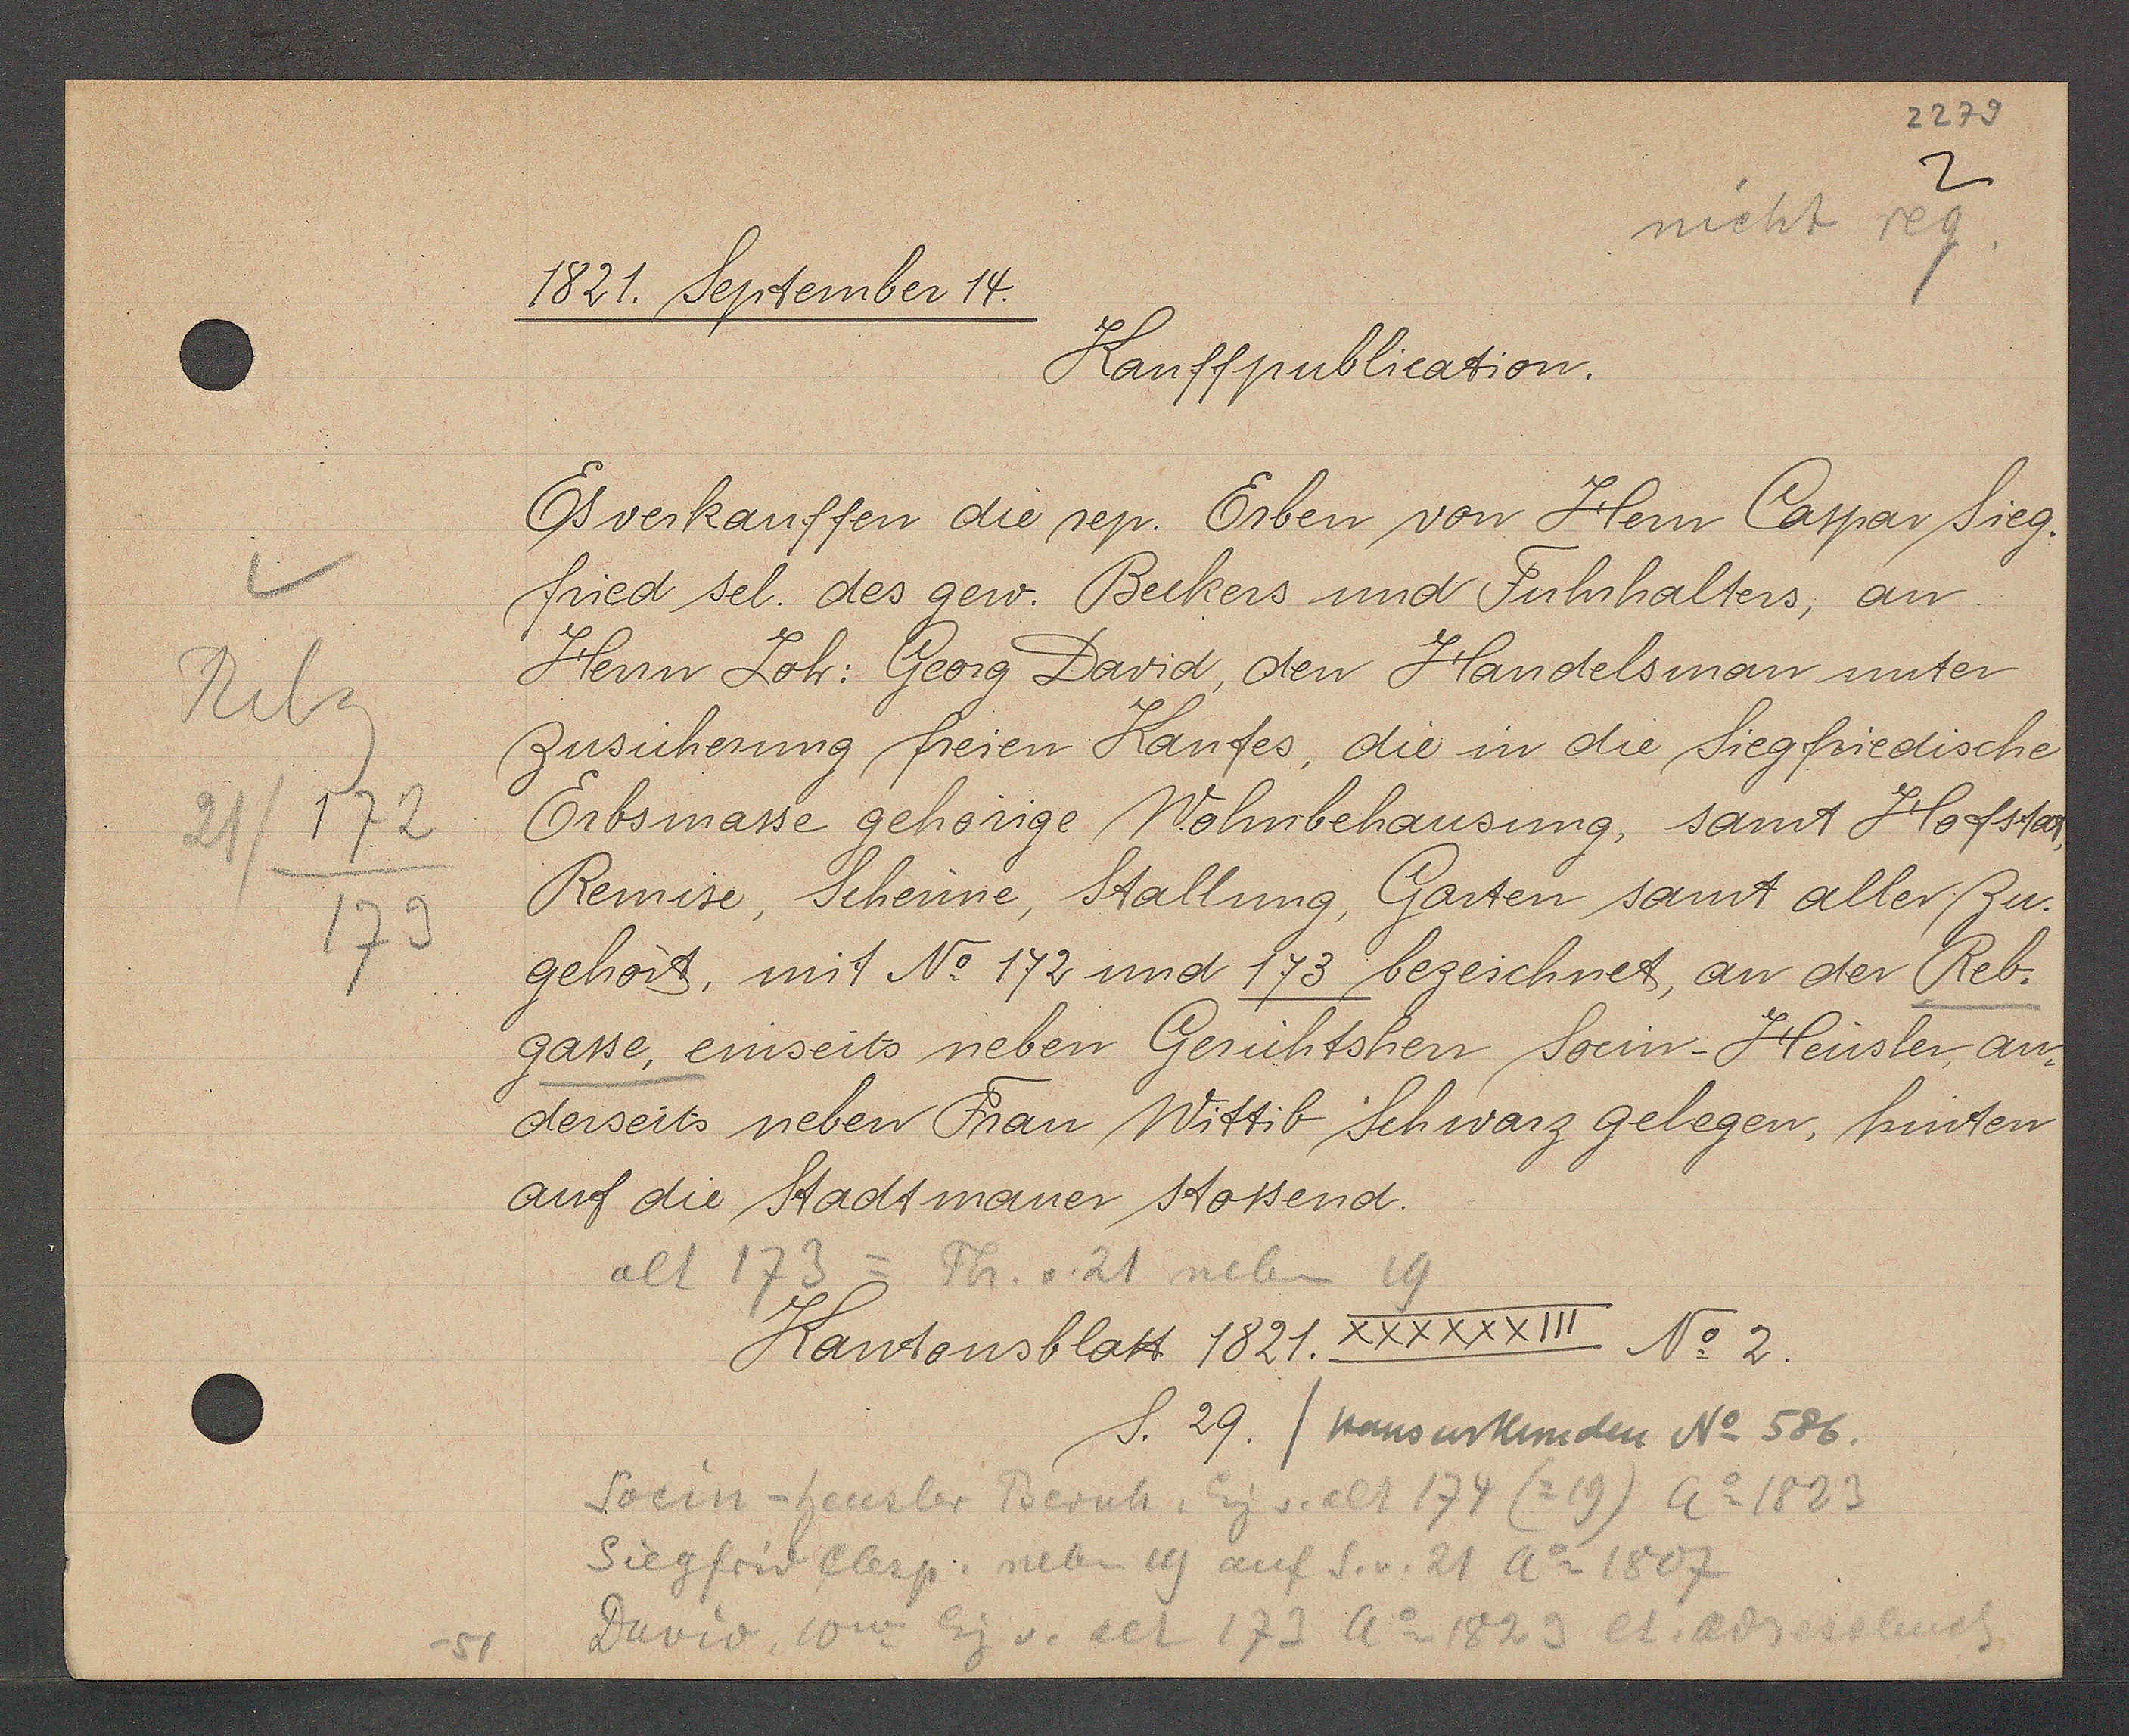
Transcript:
Rebg
21/172
173

1821. September 14.

Kauffpublication.
Es verkauffen die rep. Erben von Herrn Caspar Sieg¬
fried sel. des gew. Beckers und Fuhrhalters, an
Herrn Joh: Georg David, den Handelsman unter
zusicherung freien Kaufes, die in die Siegfriedische
Erbsmasse gehörige Wohnbehausung, samt Hofstat,
Remise, Scheune, Stallung, Garten samt aller Zu¬
gehört, mit No 172 und 173 bezeichnet, an der Reb¬
gasse, einseits neben Gerichtsherr Socin-Heusler, an¬
derseits neben Frau Wittib Schwarz gelegen, hinten
auf die Stadtmauer stossend.

alt 173 = Th. v. 21 neben 19

Kantonsblatt 1821. XXXXXXIII No 2.
S. 29. / Hausurkunden No 586.

Socin-heusler Bernh. Eig v. alt 174 (=19) Ao 1823
Siegfrid Casp. neben 19 auf S. v. 21 Ao 1807
David, 10w Eig v. alt 173 Ao 1829 lt. Adressbuch
-51